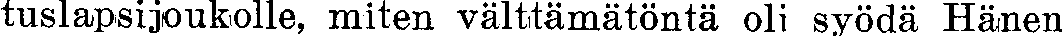
tuslapsijoukolle, miten välttämätöntä oli syödä Hänen